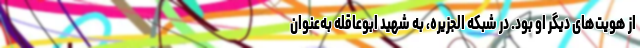
از هویت‌های دیگر او بود. در شبکه الجزیره، به شهید ابوعاقله به‌عنوان